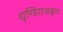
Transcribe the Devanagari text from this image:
धुण्डिराजकृत